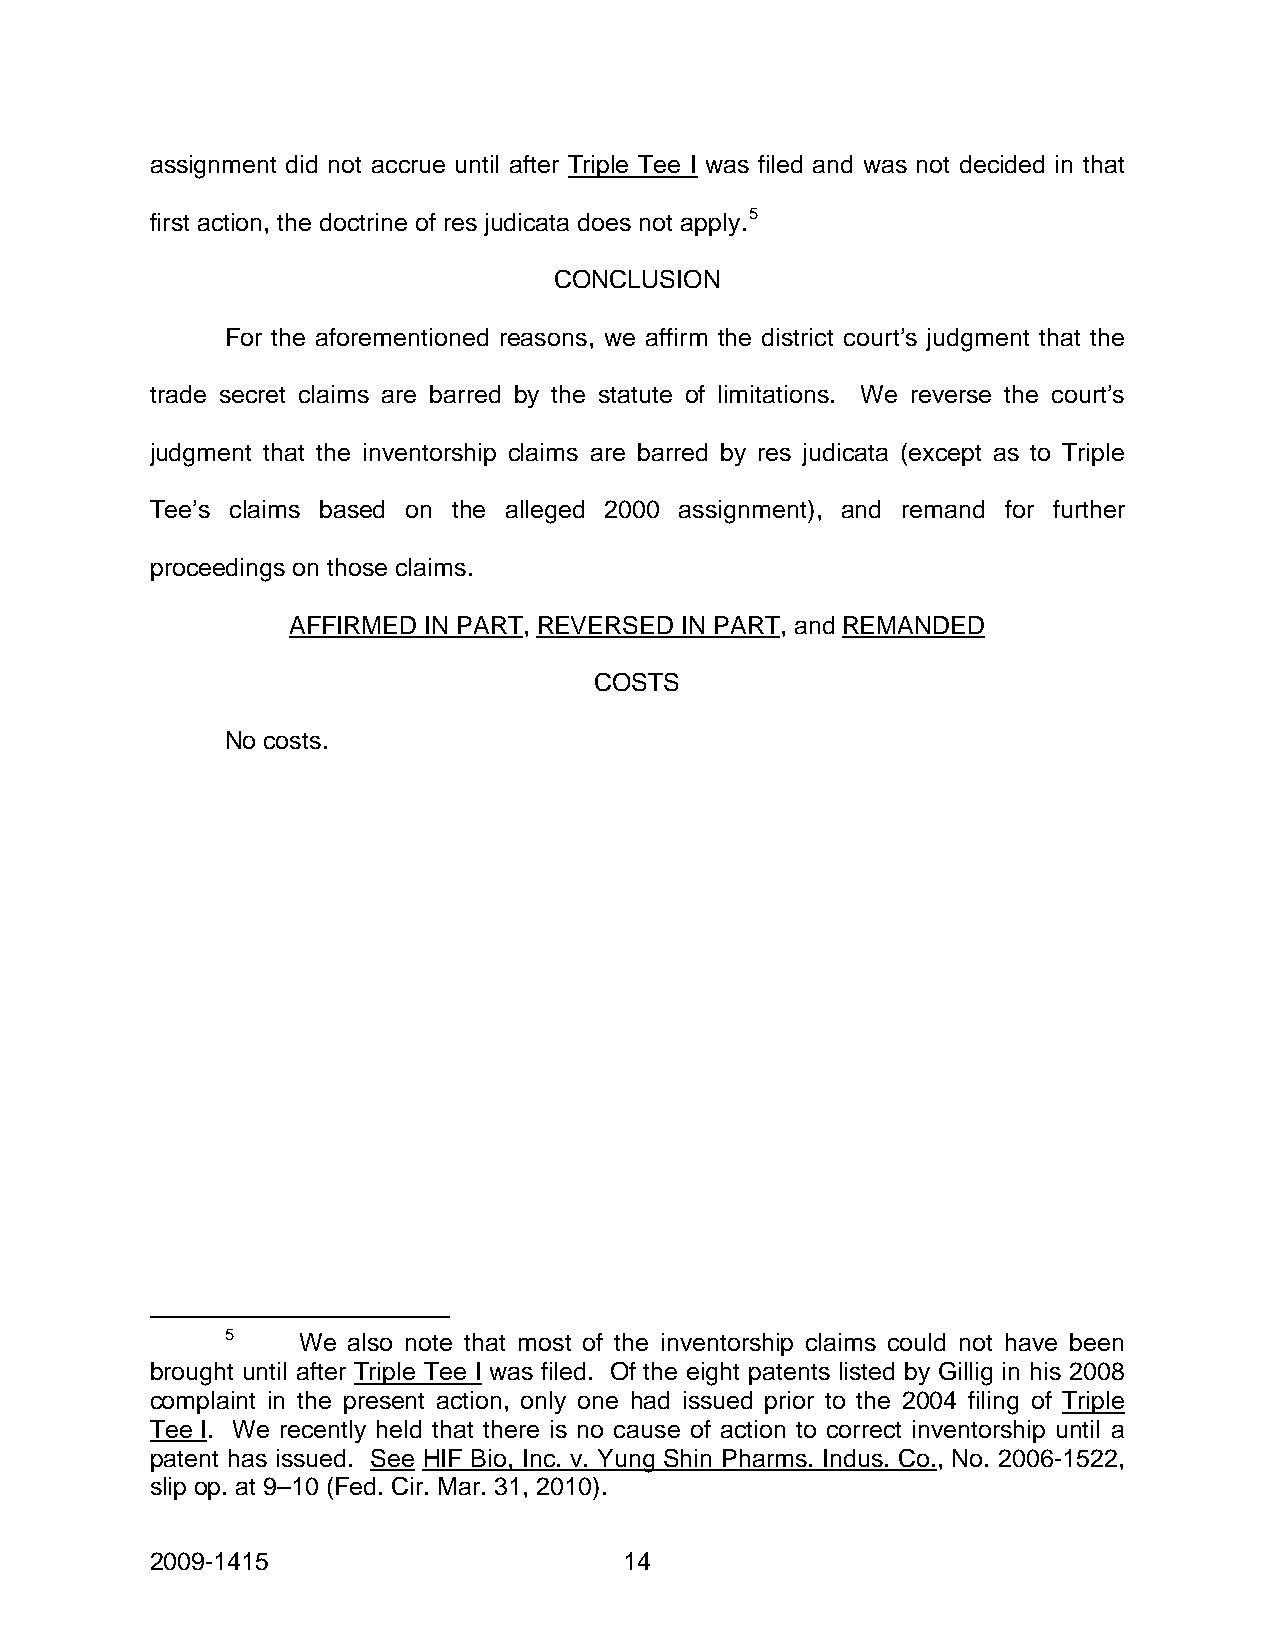
assignment did not accrue until after Triple Tee I was filed and was not decided in that
 first action, the doctrine of res judicata does not apply.5
 CONCLUSION
 For the aforementioned reasons, we affirm the district court’s judgment that the
 trade secret claims are barred by the statute of limitations. We reverse the court’s
 judgment that the inventorship claims are barred by res judicata (except as to Triple
 Tee’s claims based on the alleged 2000 assignment), and remand for further
 proceedings on those claims.
 AFFIRMED IN PART, REVERSED IN PART, and REMANDED
 COSTS
 No costs.
 5    We also note that most of the inventorship claims could not have been
 brought until after Triple Tee I was filed. Of the eight patents listed by Gillig in his 2008
 complaint in the present action, only one had issued prior to the 2004 filing of Triple
 Tee I. We recently held that there is no cause of action to correct inventorship until a
 patent has issued. See HIF Bio, Inc. v. Yung Shin Pharms. Indus. Co., No. 2006-1522,
 slip op. at 9–10 (Fed. Cir. Mar. 31, 2010).
 2009-1415                      14